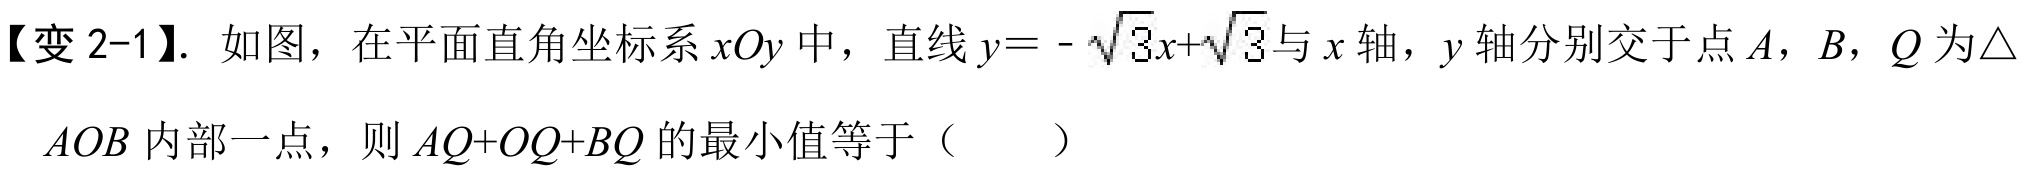
【变 2-1】. 如图，在平面直角坐标系\(xOy\)中，直线\(y = - \sqrt{3}x+\sqrt{3}\)与\(x\)轴，\(y\)轴分别交于点\(A\)，\(B\)，\(Q\)为\(\triangle\)
\(AOB\)内部一点，则\(AQ + OQ+BQ\)的最小值等于（  ）